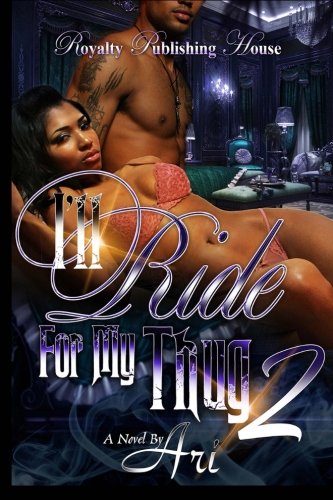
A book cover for I'll Ride for My Thug 2 (Volume 2); Ari; Literature & Fiction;